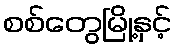
စစ်တွေမြို့နှင့်